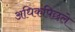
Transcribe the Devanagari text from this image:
अधिकपिछले